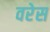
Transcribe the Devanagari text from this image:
वरेस